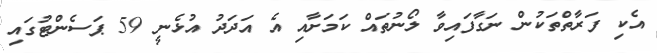
އެކި ފަރާތްތަކުން ނަގާފައިވާ ލޯނުތައް ކަމަށާއި އެ އަދަދު އުޅެނީ 59 ޕަސެންޓުގައި